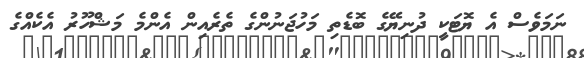
ނަމަވެސް އެ ޔޮޓަކީ ދުނިޔޭގެ ބޮޑެތި މަހުޖަނުންގެ ތެރެއިން އެންމެ މަޝްހޫރު އެކެއްގެ